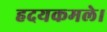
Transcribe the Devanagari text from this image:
हदयकमले।